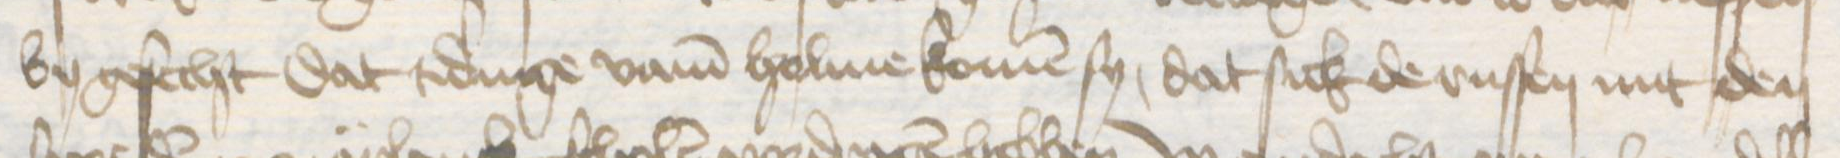
Transcription: by gesecht dat tidinge vam Holme komen sy, dat sick de russen mit den